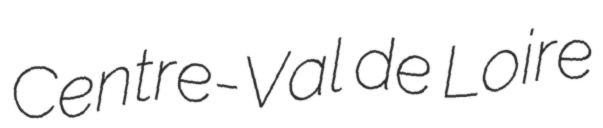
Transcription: Centre-Val de Loire